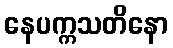
နေပက္ကသတိနော